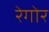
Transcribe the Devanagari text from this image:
रेगोर